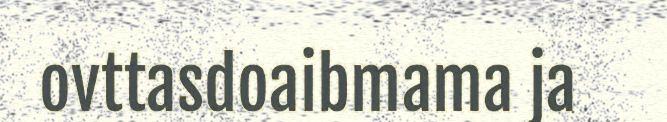
ovttasdoaibmama ja